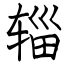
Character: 辎